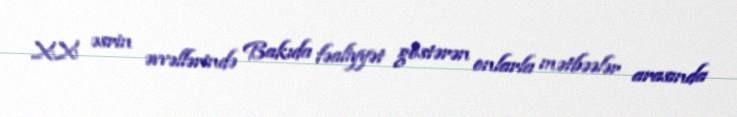
XX əsrin əvvəllərində Bakıda fəaliyyət göstərən onlarla mətbəələr arasında